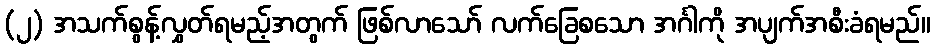
(၂) အသက်စွန့်လွှတ်ရမည့်အတွက် ဖြစ်လာသော် လက်ခြေစသော အင်္ဂါကို အပျက်အစီးခံရမည်။